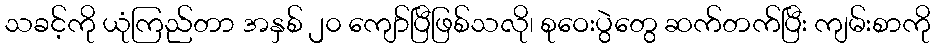
သခင့်ကို ယုံကြည်တာ အနှစ် ၂၀ ကျော်ပြီဖြစ်သလို၊ စုဝေးပွဲတွေ ဆက်တက်ပြီး ကျမ်းစာကို